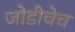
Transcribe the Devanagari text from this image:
जोडीचेच